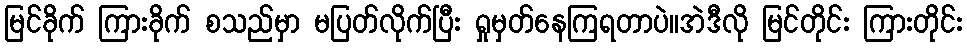
မြင်ခိုက် ကြားခိုက် စသည်မှာ မပြတ်လိုက်ပြီး ရှုမှတ်နေကြရတာပဲ။အဲဒီလို မြင်တိုင်း ကြားတိုင်း